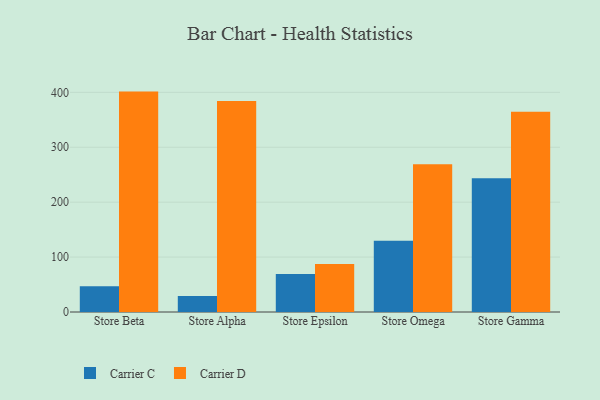
{"axis": {"x": "Store", "y": "Operating Costs (USD K)"}, "legend": ["Carrier C", "Carrier D"], "data": [{"x": "Store Beta", "y": 46.8, "type": "Carrier C"}, {"x": "Store Beta", "y": 401.4, "type": "Carrier D"}, {"x": "Store Alpha", "y": 29.0, "type": "Carrier C"}, {"x": "Store Alpha", "y": 384.5, "type": "Carrier D"}, {"x": "Store Epsilon", "y": 69.2, "type": "Carrier C"}, {"x": "Store Epsilon", "y": 87.5, "type": "Carrier D"}, {"x": "Store Omega", "y": 129.7, "type": "Carrier C"}, {"x": "Store Omega", "y": 269.2, "type": "Carrier D"}, {"x": "Store Gamma", "y": 243.5, "type": "Carrier C"}, {"x": "Store Gamma", "y": 364.7, "type": "Carrier D"}]}